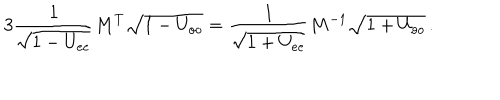
LaTeX: 3 \frac { 1 } { \sqrt { 1 - U _ { e e } } } M ^ { T } \sqrt { 1 - U _ { o o } } = \frac { 1 } { \sqrt { 1 + U _ { e e } } } M ^ { - 1 } \sqrt { 1 + U _ { o o } } \, .